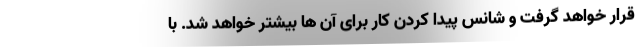
قرار خواهد گرفت و شانس پیدا کردن کار برای آن ها بیشتر خواهد شد. با